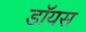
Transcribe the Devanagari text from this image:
डॉयस